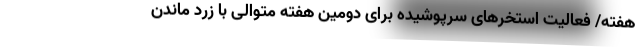
هفته/ فعالیت استخرهای سرپوشیده برای دومین هفته متوالی با زرد ماندن